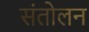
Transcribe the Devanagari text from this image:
संतोलन